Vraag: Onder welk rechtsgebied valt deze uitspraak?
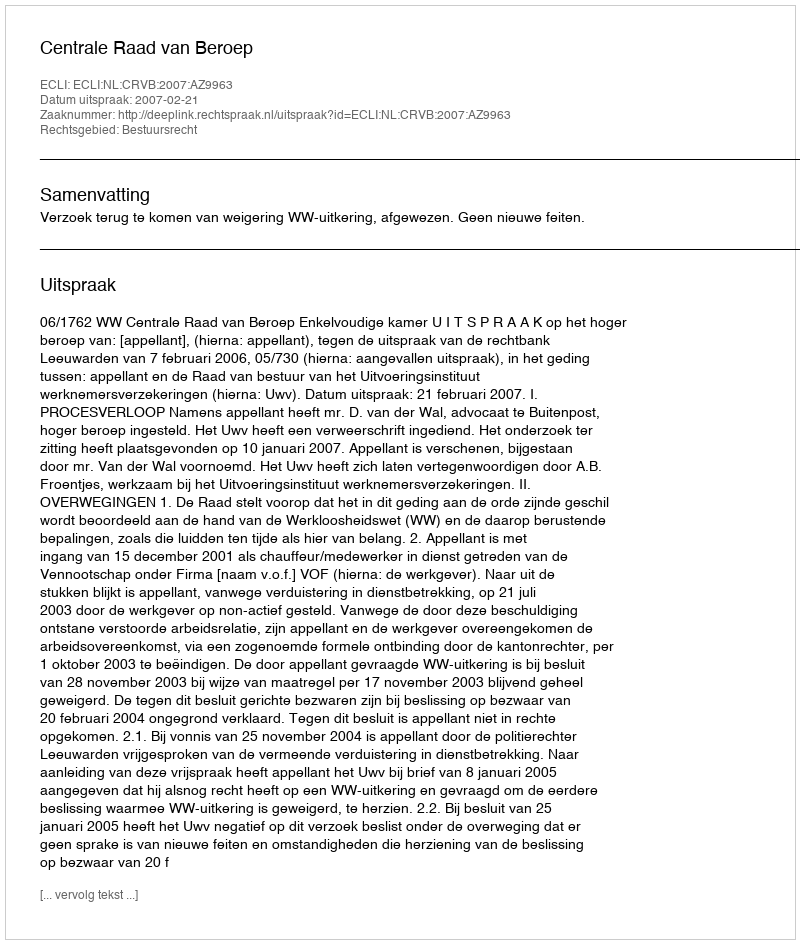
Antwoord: Bestuursrecht